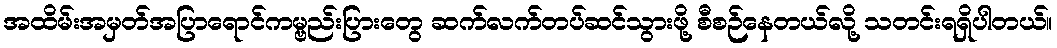
အထိမ်းအမှတ်အပြာရောင်ကမ္ဗည်းပြားတွေ ဆက်လက်တပ်ဆင်သွားဖို့ စီစဉ်နေတယ်လို့ သတင်းရရှိပါတယ်။